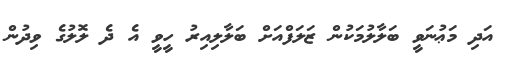
އަދި މަޢުނަވީ ބަލާލުމަކުން ޒަލަފްއަށް ބަލާލިއިރު ހީވީ އެ ދެ ލޮލުގެ ވިދުން